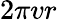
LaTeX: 2\pi vr